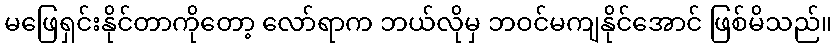
မဖြေရှင်းနိုင်တာကိုတော့ လော်ရာက ဘယ်လိုမှ ဘဝင်မကျနိုင်အောင် ဖြစ်မိသည်။